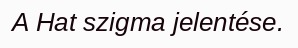
A Hat szigma jelentése.